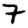
Digit: 7